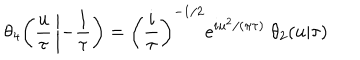
\theta _ { 4 } { \left( { \frac { u } { \tau } } \left| - { \frac { 1 } { \tau } } \right. \right) } = \left( { \frac { i } { \tau } } \right) ^ { - 1 / 2 } e ^ { i u ^ { 2 } / ( \pi \tau ) } \; \theta _ { 2 } { \left( u | \tau \right) }